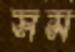
সম